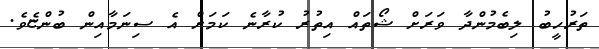
ތަރުހީބު ލިބެމުންދާ ވަރަށް ޝޯތައް އިތުރު ކުރާނެ ކަމަށް އެ ސިނަމާއިން ބުންޏެވެ.